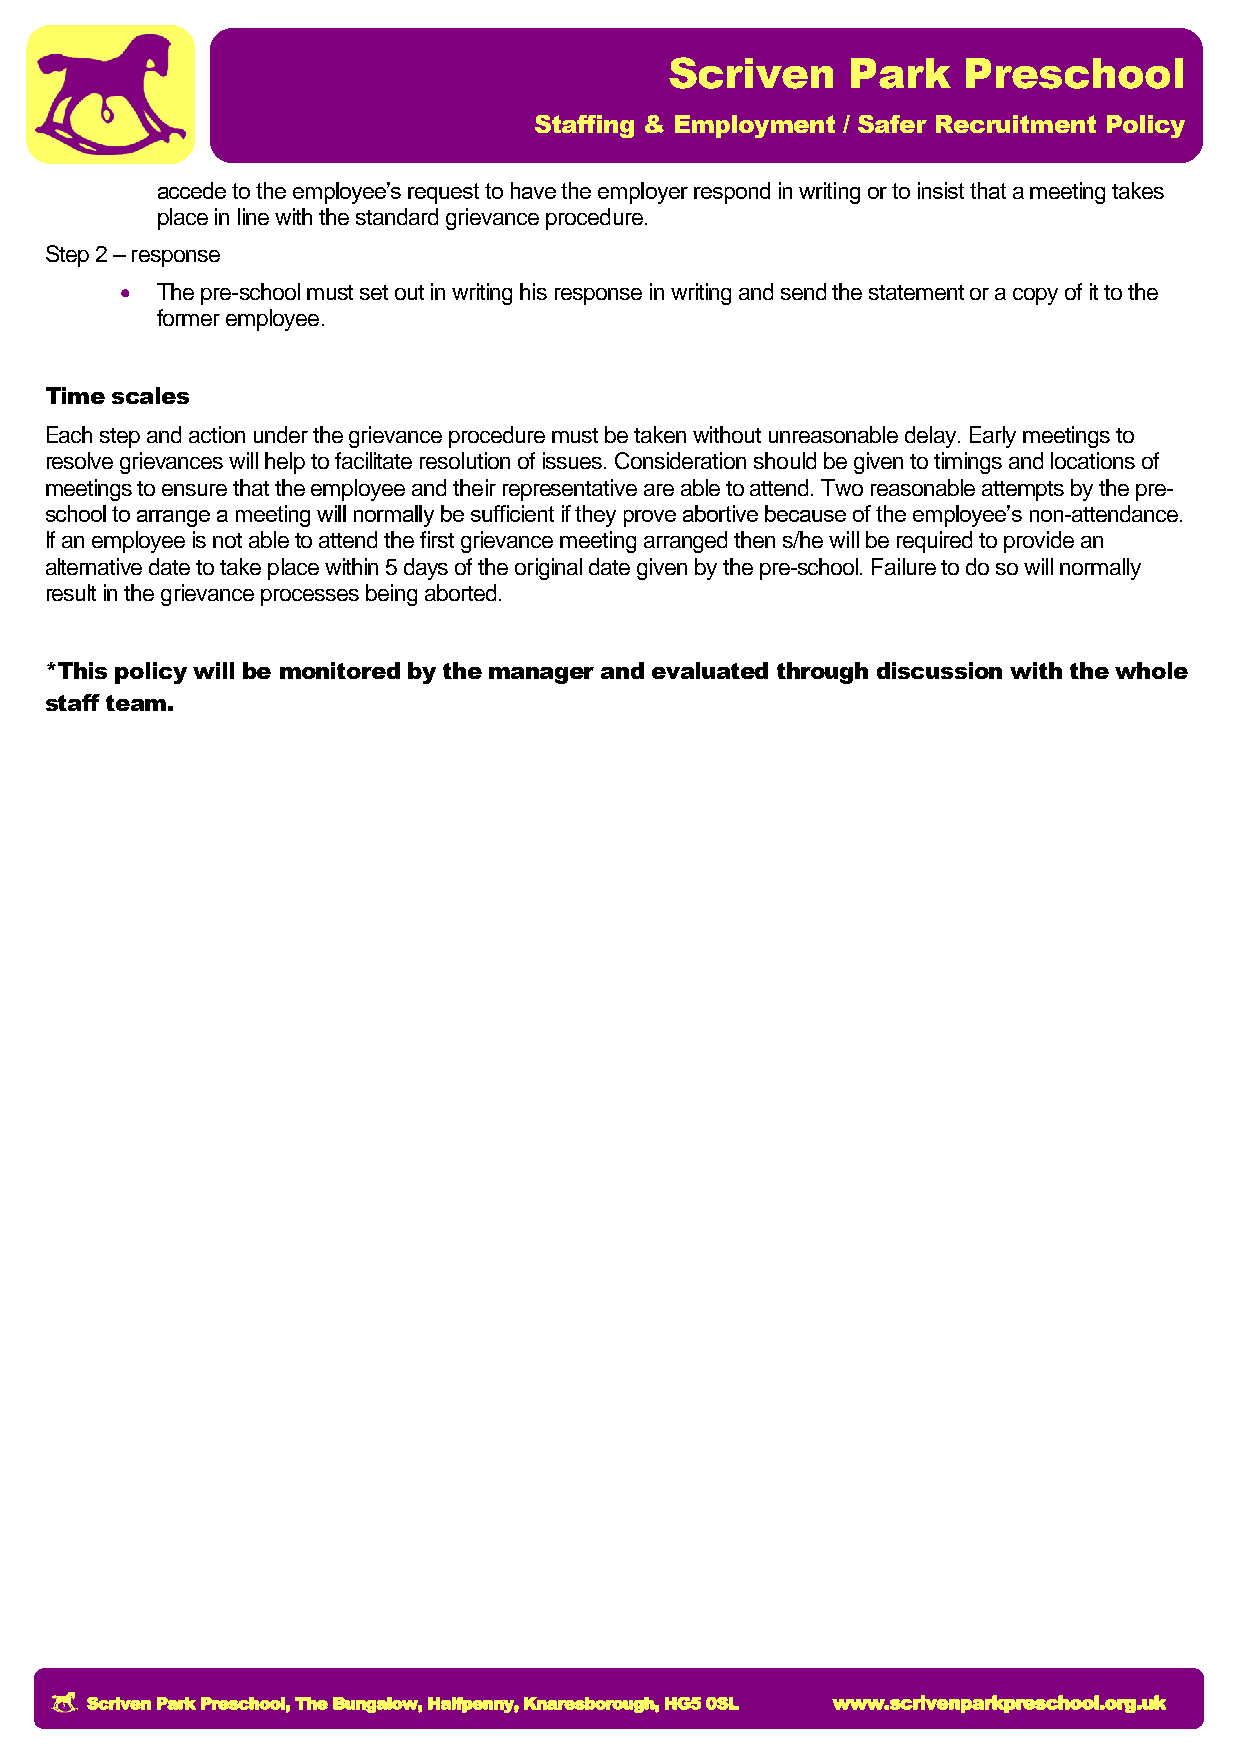
Scriven     Park    Preschool
 Staffing & Employment / Safer Recruitment Policy
 accede to the employee’s request to have the employer respond in writing or to insist that a meeting takes
 place in line with the standard grievance procedure.
 Step 2 – response
  The pre-school must set out in writing his response in writing and send the statement or a copy of it to the
 former employee.
 Time scales
 Each step and action under the grievance procedure must be taken without unreasonable delay. Early meetings to
 resolve grievances will help to facilitate resolution of issues. Consideration should be given to timings and locations of
 meetings to ensure that the employee and their representative are able to attend. Two reasonable attempts by the pre-
 school to arrange a meeting will normally be sufficient if they prove abortive because of the employee’s non-attendance.
 If an employee is not able to attend the first grievance meeting arranged then s/he will be required to provide an
 alternative date to take place within 5 days of the original date given by the pre-school. Failure to do so will normally
 result in the grievance processes being aborted.
 *This policy will be monitored by the manager and evaluated through discussion with the whole
 staff team.
 Scriven Park Preschool, The Bungalow, Halfpenny, Knaresborough, HG5 0SL www.scrivenparkpreschool.org.uk